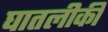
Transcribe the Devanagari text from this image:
घातलीकी